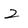
Character: 2